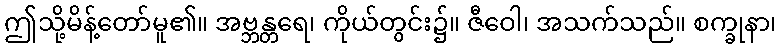
ဤသို့မိန့်တော်မူ၏။ အဗ္ဘန္တရေ၊ ကိုယ်တွင်း၌။ ဇီဝေါ၊ အသက်သည်။ စက္ခုနာ၊